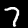
Digit: 7